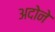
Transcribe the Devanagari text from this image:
अदोने